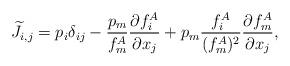
LaTeX: \begin{align*}\widetilde{J}_{i,j} = p_i\delta _{ij} - \frac{p_m}{f_m^A}\frac{\partial f_i^A}{\partial x_j} +p_m\frac{f_i^A}{(f_m^A)^2}\frac{\partial f_m^A}{\partial x_j},\end{align*}